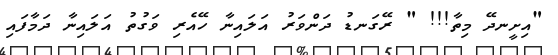
"އިށީނދޭ މިތާ!!! " ރޭގަނޑު ދަންވަރު އަލައިނާ ހޭއެރި ވަގުތު އަލައިނާ ދަމާފައި